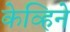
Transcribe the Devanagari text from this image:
केव्हिने